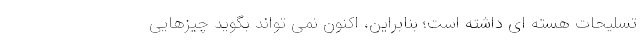
تسلیحات هسته ای داشته است؛ بنابراین، اکنون نمی تواند بگوید چیزهایی